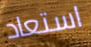
استعاد